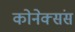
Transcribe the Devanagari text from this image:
कोनेक्संस